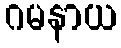
ဂမနာယ